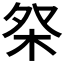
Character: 𣐦